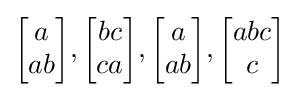
{{\begin{bmatrix}a\\ab\end{bmatrix}},{\begin{bmatrix}bc\\ca\end{bmatrix}},{\begin{bmatrix}a\\ab\end{bmatrix}},{\begin{bmatrix}abc\\c\end{bmatrix}}}